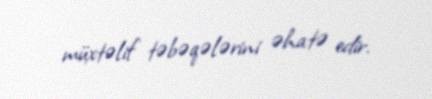
müxtəlif təbəqələrini əhatə edir.